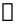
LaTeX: \boldsymbol{\upalpha}